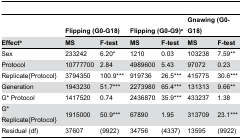
<table><thead><tr><td></td><td colspan="2"><b>Flipping (G0-G18)</b></td><td colspan="2"><b>Flipping (G0-G9)<sup>a</sup></b></td><td colspan="2"><b>Gnawing (G0-G18)</b></td></tr><tr><td><b>Effect<sup>b</sup></b></td><td><b>MS</b></td><td><b>F-test</b></td><td><b>MS</b></td><td><b>F-test</b></td><td><b>MS</b></td><td><b>F-test</b></td></tr></thead><tbody><tr><td>Sex</td><td>233242</td><td>6.20*</td><td>1210</td><td>0.03</td><td>103238</td><td>7.59**</td></tr><tr><td>Protocol</td><td>10777700</td><td>2.84</td><td>4989600</td><td>5.43</td><td>97072</td><td>0.23</td></tr><tr><td>Replicate{Protocol}</td><td>3794350</td><td>100.9***</td><td>919736</td><td>26.5***</td><td>415775</td><td>30.6***</td></tr><tr><td>Generation</td><td>1943230</td><td>51.7***</td><td>2273980</td><td>65.4***</td><td>131313</td><td>9.66**</td></tr><tr><td>G* Protocol</td><td>1417520</td><td>0.74</td><td>2436870</td><td>35.9***</td><td>433237</td><td>1.38</td></tr><tr><td>G* Replicate{Protocol}</td><td>1915000</td><td>50.9***</td><td>67890</td><td>1.95</td><td>313709</td><td>23.1***</td></tr><tr><td>Residual (df)</td><td>37607</td><td>(9922)</td><td>34756</td><td>(4337)</td><td>13595</td><td>(9922)</td></tr></tbody></table>